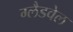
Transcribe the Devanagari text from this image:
ग्लैडवेल